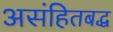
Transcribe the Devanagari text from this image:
असंहितबद्ध